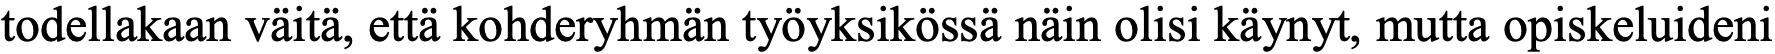
todellakaan väitä, että kohderyhmän työyksikössä näin olisi käynyt, mutta opiskeluideni